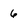
Character: 6